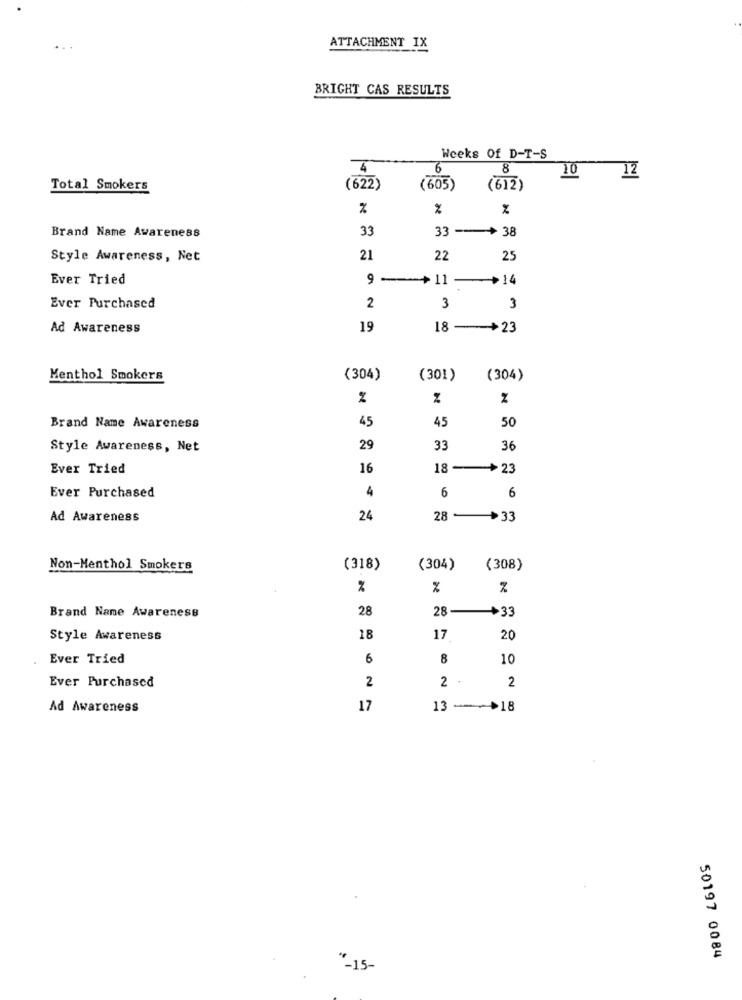
ATTACHMENT IX
BRIGHT CAS RESULTS
Weeks Of D-T-S
6
8
10
12
Total Smokers
(622)
(605)
(612)
%
Brand Name Awareness
33
33 -- >38
Style Awareness, Net
21
22
25
Ever Tried
9-
.11
-> 14
2
Ever Purchased
3
3
Ad Awareness
19
18 -+23
Menthol Smokers
(304)
(301)
(304)
%
2
45
45
50
Brand Name Awareness
Style Awareness, Net
29
33
36
Ever Tried
16
18-+23
4
6
Ever Purchased
6
Ad Awareness
24
28 +33
Non-Menthol Smokers
(318)
(304)
(308)
%
%
28
28-
+33
Brand Name Awareness
Style Awareness
18
17
20
Ever Tried
6
8
10
2
2 .
2
Ever Purchased
Ad Awareness
17
13 -- >18
50197 0084
-15-